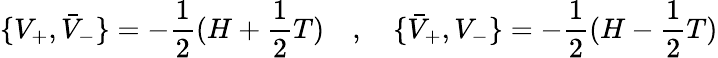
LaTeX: \lbrace V_{+},\bar{V}_{-}\rbrace=-{\frac{1}{2}}(H+{\frac{1}{2}}T)\quad,\quad\lbrace\bar{V}_{+},V_{-}\rbrace=-{\frac{1}{2}}(H-{\frac{1}{2}}T)